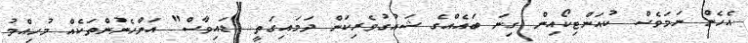
އެހެން ނަމަވެސް ކުއަންޓިކޯއިން ގިނަ ބައެއްގެ ޝައުގުވެރިކަން ދަމައިގަތީ "ޑައިވާސް" އަންހެނުންތަކެއް މުހިއްމު